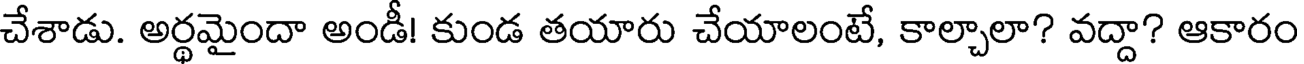
చేశాడు. అర్థమైందా అండీ! కుండ తయారు చేయాలంటే, కాల్చాలా? వద్దా? ఆకారం